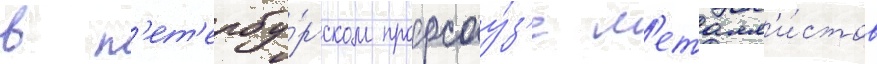
в п'ет'ербу́ргском профсоу́з'е м'еталл'и́стов